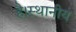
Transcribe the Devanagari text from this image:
है।स्थानीय